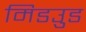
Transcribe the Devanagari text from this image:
मिडउुड